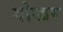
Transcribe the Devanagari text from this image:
गोखर